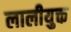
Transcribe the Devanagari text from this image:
लालीयुक्त